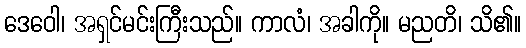
ဒေဝေါ၊ အရှင်မင်းကြီးသည်။ ကာလံ၊ အခါကို။ မညတိ၊ သိ၏။